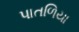
પાતળિયા